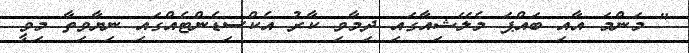
" މަންމަ އާއި ބައްޕަ މެލޭޝިއާގައި ދިމާވި ކާރު އެކްސިޑެންޓެއްގައި ނިޔާވިތާ މިވީ